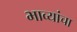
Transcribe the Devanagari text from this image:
भाव्यांचा